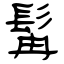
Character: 髯